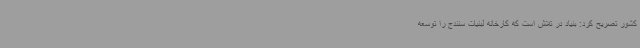
کشور تصریح کرد: بنیاد در تلاش است که کارخانه لبنیات سنندج را توسعه